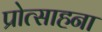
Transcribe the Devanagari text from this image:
प्रोत्साहना